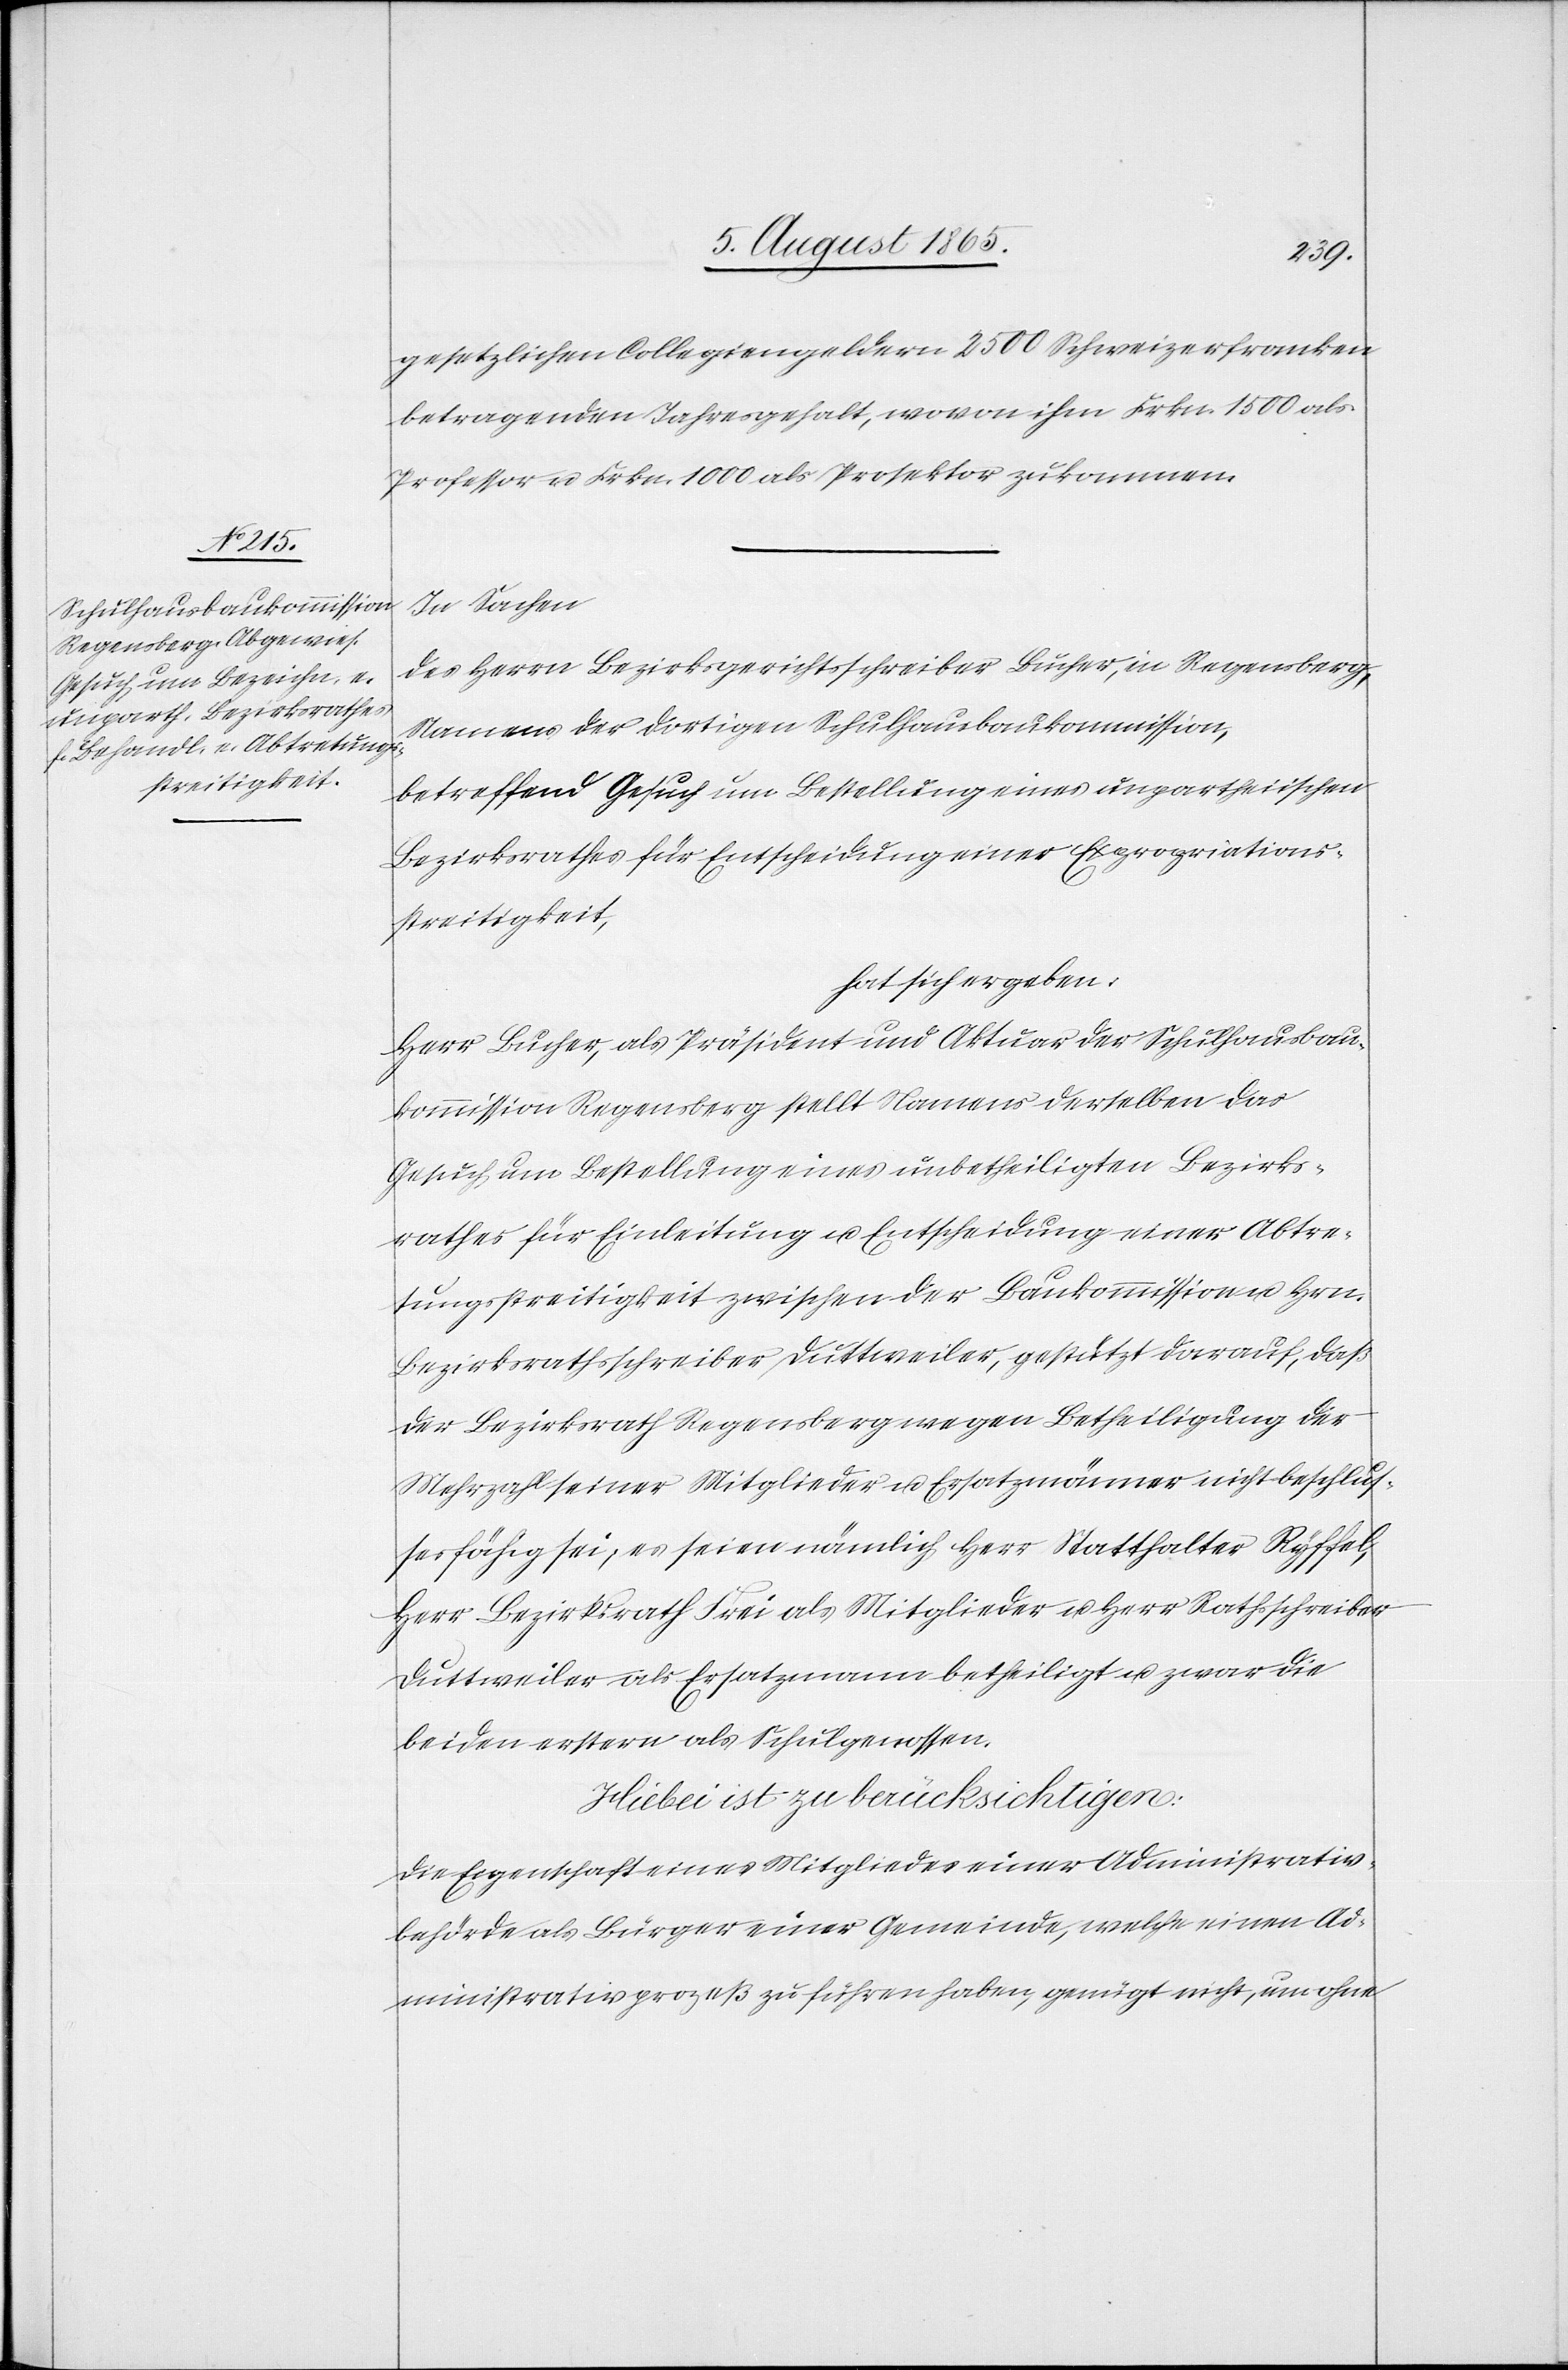
gesetzlichen Collegiengeldern 2500 Schweizerfranken
betragenden Jahresgehalt, wovon ihm Frkn. 1500 als
Professor u. Frkn. 1000 als Prosektor zukommen.
In Sachen
des Herrn Bezirksgerichtsschreiber Bucher, in Regensberg,
Namens der dortigen Schulhausbaukommission,
betreffend Gesuch um Bestellung eines unpartheiischen
Bezirksrathes für Entscheidung einer Expropriations¬
streitigkeit,
hat sich ergeben:
Herr Bucher, als Präsident und Aktuar der Schulhausbau¬
kommission Regensberg stellt Namens derselben das
Gesuch um Bestellung eines unbetheiligten Bezirks¬
rathes für Einleitung u. Entscheidung einer Abtre¬
tungsstreitigkeit zwischen der Baukommission u. Hrn.
Bezirksrathsschreiber Duttweiler, gestützt darauf, daß
der Bezirksrath Regensberg wegen Betheiligung der
Mehrzahl seiner Mitglieder u. Ersatzmänner nicht beschlus¬
sesfähig sei, es seien nämlich Herr Statthalter Ryffel,
Herr Bezirksrath Frei als Mitglieder u. Herr Rathsschreiber
Duttweiler als Ersatzmann betheiligt u. zwar die
beiden erstern als Schulgenossen.
Hiebei ist zu berücksichtigen:
Die Eigenschaft eines Mitgliedes einer Administrativ¬
behörde als Bürger einer Gemeinde, welche einen Ad¬
ministrativprozesß zu führen haben, genügt nicht, um ohne